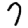
Digit: 7